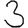
Digit: 3